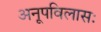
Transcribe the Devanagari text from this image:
अनूपविलासः